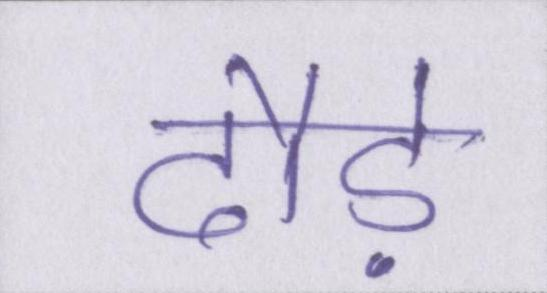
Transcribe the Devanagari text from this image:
दौड़े